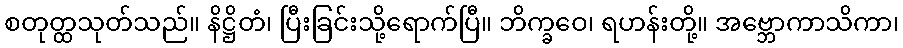
စတုတ္ထသုတ်သည်။ နိဋ္ဌိတံ၊ ပြီးခြင်းသို့ရောက်ပြီ။ ဘိက္ခဝေ၊ ရဟန်းတို့။ အဗ္ဘောကာသိကာ၊